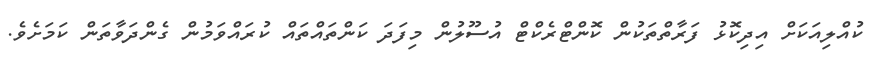
ކުއްލިއަކަށް އިދިކޮޅު ފަރާތްތަކުން ކޮންޓްރެކްޓް އުސޫލުން މިފަދަ ކަންތައްތައް ކުރައްވަމުން ގެންދަވާތަން ކަމަށެވެ.